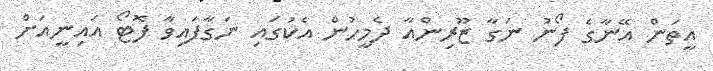
އީތަން އޭނާގެ ފޯނު ނަގާ ޒޫރިންއާ ދެމީހުން އެކުގައި ނަގާފައިވާ ފޮޓޯ އައިނީއަށް